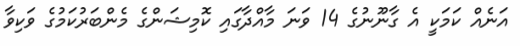
އަނެއް ކަމަކީ އެ ގާނޫނުގެ 14 ވަނަ މާއްދާގައި ކޮމިޝަންގެ މެންބަރުކަމުގެ ވަކިވާ